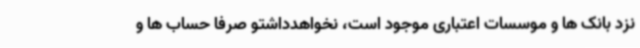
نزد بانک ها و موسسات اعتباری موجود است، نخواهدداشتو صرفا حساب ها و